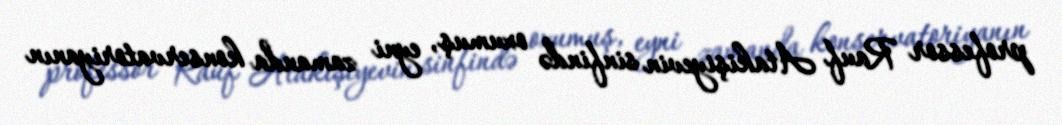
professor Rauf Atakişiyevin sinfində oxumuş, eyni zamanda konservatoriyanın